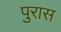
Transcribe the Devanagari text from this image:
पुरास